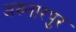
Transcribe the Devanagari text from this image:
अख्तारपुर